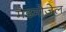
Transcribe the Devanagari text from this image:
मैडमोज़ेल